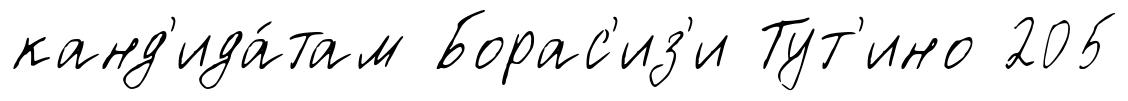
канд'ида́там Борас'из'и Тут'ино 205